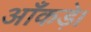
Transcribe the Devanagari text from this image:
आँकड़े।